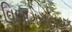
વિભાગસહાયક